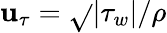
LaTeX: \mathbf{u}_{\tau}=\sqrt{}{{|\tau_{w}|/\rho}}